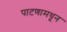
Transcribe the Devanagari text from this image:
पाटणामधून